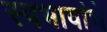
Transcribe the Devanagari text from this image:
स्वभावांचे